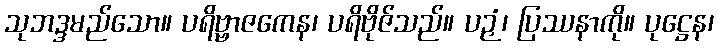
သုဘဒ္ဒမည်သော။ ပရိဗ္ဗာဇကေန၊ ပရိဗိုဇ်သည်။ ပဉှံ၊ ပြဿနာကို။ ပုဋ္ဌေန၊